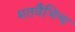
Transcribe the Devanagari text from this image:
मतवैभिन्य